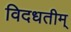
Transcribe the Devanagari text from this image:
विदधतीम्